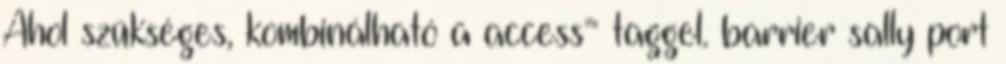
Ahol szükséges, kombinálható a access= taggel. barrier sally port